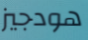
هودجيز